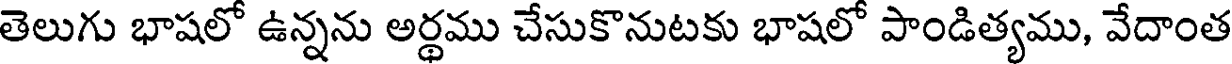
తెలుగు భాషలో ఉన్నను అర్థము చేసుకొనుటకు భాషలో పాండిత్యము, వేదాంత